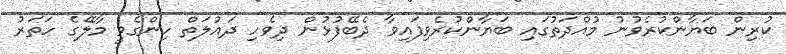
ކުރިން ބަޔާންކުރެވުނު މުއްދަތުގައި ބަޔާންކުރެވިފައިވާ ދެބޭފުޅުން ދިވެހި ދައުލަތް ހިންގެވީ މާލޭގެ ހަތަރު